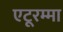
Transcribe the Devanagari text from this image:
एटूरम्मा